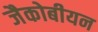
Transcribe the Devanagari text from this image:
जैकोबीयन